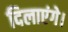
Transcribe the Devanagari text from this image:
दिलाएंगे।